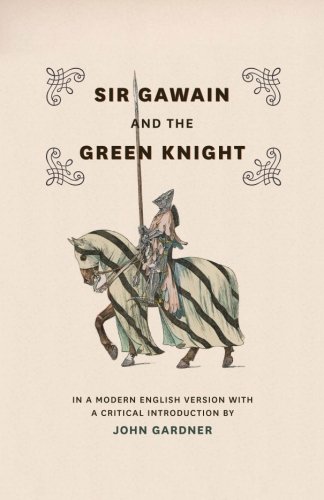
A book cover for Sir Gawain and the Green Knight: In a Modern English Version with a Critical Introduction; Literature & Fiction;